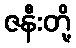
ဇနီးတို့